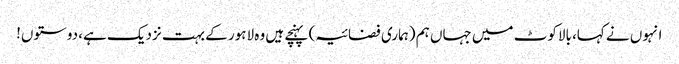
انہوں نے کہا، بالاکوٹ میں جہاں ہم (ہماری فضائیہ) پہنچے ہیں وہ لاہور کے بہت نزدیک ہے، دوستوں!